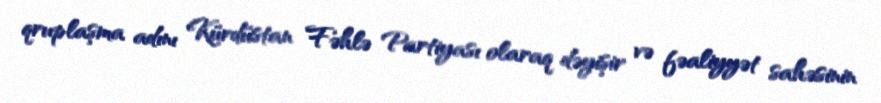
qruplaşma adını Kürdüstan Fəhlə Partiyası olaraq dəyişir və fəaliyyət sahəsinin